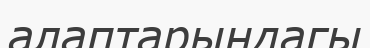
алаптарындагы